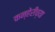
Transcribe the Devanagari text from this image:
कन्हेरीच्या